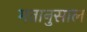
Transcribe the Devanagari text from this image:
मतानुसाल